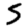
Digit: 5